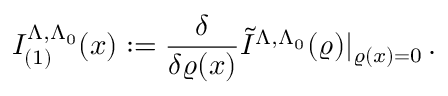
I _ { ( 1 ) } ^ { \Lambda , \Lambda _ { 0 } } ( x ) : = \frac { \delta } { \delta \varrho ( x ) } \tilde { I } ^ { \Lambda , \Lambda _ { 0 } } ( \varrho ) | _ { \varrho ( x ) = 0 } \, .